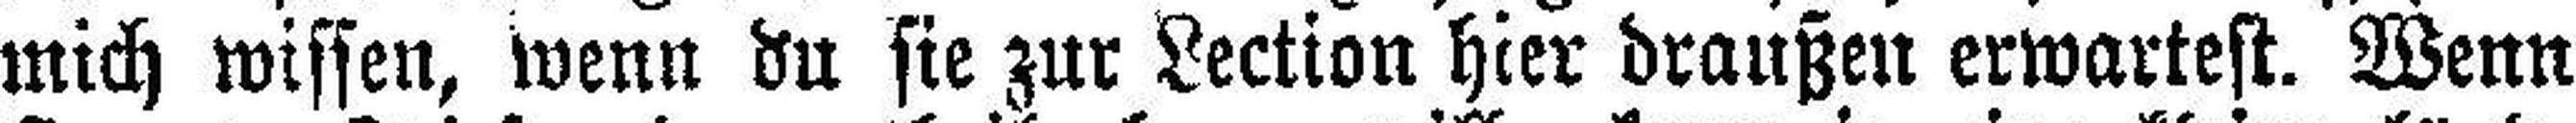
mich wissen, wenn du sie zur Lection hier draußen erwartest. Wenn